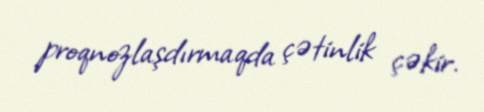
proqnozlaşdırmaqda çətinlik çəkir.